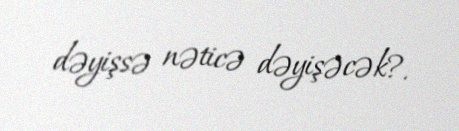
dəyişsə nəticə dəyişəcək?.